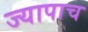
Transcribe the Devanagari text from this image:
ज्यापाच